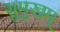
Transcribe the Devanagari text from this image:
सुमुखम्